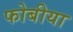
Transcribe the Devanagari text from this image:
फोबीया